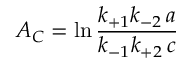
\displaystyle { \cal A _ { C } } = \ln \frac { k _ { + 1 } k _ { - 2 } \, a } { k _ { - 1 } k _ { + 2 } \, c }